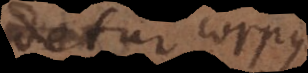
detur corpus.